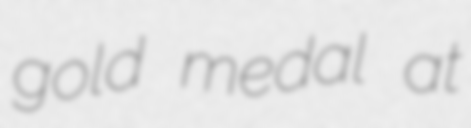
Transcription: gold medal at